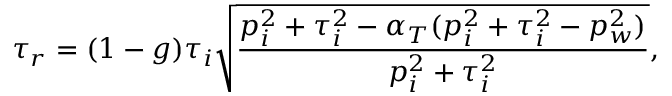
\tau _ { r } = ( 1 - g ) \tau _ { i } \sqrt { \frac { p _ { i } ^ { 2 } + \tau _ { i } ^ { 2 } - \alpha _ { T } ( p _ { i } ^ { 2 } + \tau _ { i } ^ { 2 } - p _ { w } ^ { 2 } ) } { p _ { i } ^ { 2 } + \tau _ { i } ^ { 2 } } } ,